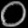
Digit: ၀